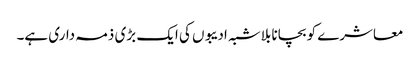
معاشرے کو بچانا بلاشبہ ادیبوں کی ایک بڑی ذمہ داری ہے۔